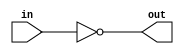
/*
Copyright (c) 2015 Princeton University
All rights reserved.

Redistribution and use in source and binary forms, with or without
modification, are permitted provided that the following conditions are met:
    * Redistributions of source code must retain the above copyright
      notice, this list of conditions and the following disclaimer.
    * Redistributions in binary form must reproduce the above copyright
      notice, this list of conditions and the following disclaimer in the
      documentation and/or other materials provided with the distribution.
    * Neither the name of Princeton University nor the
      names of its contributors may be used to endorse or promote products
      derived from this software without specific prior written permission.

THIS SOFTWARE IS PROVIDED BY PRINCETON UNIVERSITY "AS IS" AND
ANY EXPRESS OR IMPLIED WARRANTIES, INCLUDING, BUT NOT LIMITED TO, THE IMPLIED
WARRANTIES OF MERCHANTABILITY AND FITNESS FOR A PARTICULAR PURPOSE ARE
DISCLAIMED. IN NO EVENT SHALL PRINCETON UNIVERSITY BE LIABLE FOR ANY
DIRECT, INDIRECT, INCIDENTAL, SPECIAL, EXEMPLARY, OR CONSEQUENTIAL DAMAGES
(INCLUDING, BUT NOT LIMITED TO, PROCUREMENT OF SUBSTITUTE GOODS OR SERVICES;
LOSS OF USE, DATA, OR PROFITS; OR BUSINESS INTERRUPTION) HOWEVER CAUSED AND
ON ANY THEORY OF LIABILITY, WHETHER IN CONTRACT, STRICT LIABILITY, OR TORT
(INCLUDING NEGLIGENCE OR OTHERWISE) ARISING IN ANY WAY OUT OF THE USE OF THIS
SOFTWARE, EVEN IF ADVISED OF THE POSSIBILITY OF SUCH DAMAGE.
*/

module flip_bus (in, out);
    parameter WIDTH = 8;
    parameter BHC = 10;

    input [WIDTH-1:0] in;
    output wire [WIDTH-1:0] out;
    
    assign out = ~in;
endmodule